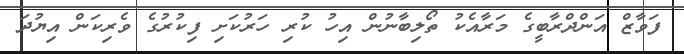
ފަވާޒް އަންދްރާބީގެ މަރާއެކު ތޯލިބާނުން އިހު ކުރި ހަރުކަށި ފިކުރުގެ ވެރިކަން އިޔުދަ